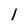
Character: 1